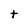
Character: t